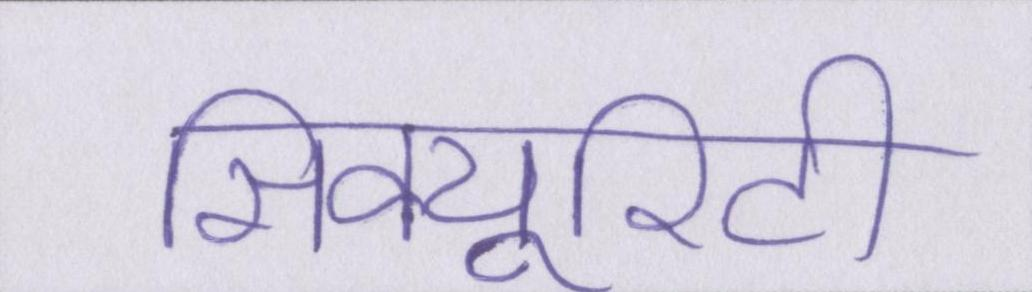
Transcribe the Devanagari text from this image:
सिक्यूरिटी